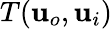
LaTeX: T(\mathbf{u}_{o},\mathbf{u}_{i})